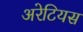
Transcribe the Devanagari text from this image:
अरेटियस